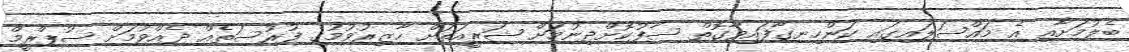
ބެލުމަށާއި އެ މައްސަލައިގައި ކަންހިނގާފައިވާގޮތް ސާފުކޮށްދިނުމަށް ޝަރީއަތަށް ހާޒިރުވުމުގެ ފުރުސަތެއް ދެއްވުމަށް ސުޕްރީމް